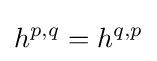
h^{p,q}=h^{q,p}